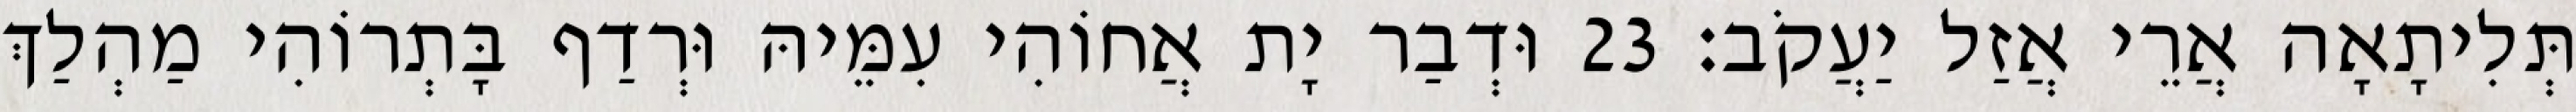
תְּלִיתָאָה אֲרֵי אֲזַל יַעֲקֹב׃ 23 וּדְבַר יָת אֲחוֹהִי עִמֵּיהּ וּרְדַף בָּתְרוֹהִי מַהְלַךְ